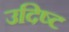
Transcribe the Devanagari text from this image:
उदिष्‍ट